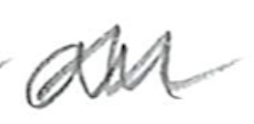
Text: an
Cross-out: wave
Writing tool: pencil